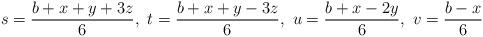
LaTeX: \begin{align*}s=\frac{b+x+y+3z}6,\ t=\frac{b+ x+y-3z}6, \ u=\frac{b+x-2y}6,\ v=\frac{b-x}6\end{align*}